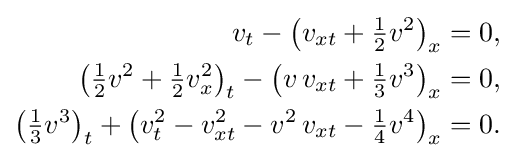
{\begin{aligned}v_{t}-\left(v_{xt}+{\tfrac {1}{2}}v^{2}\right)_{x}&=0,\\\left({\tfrac {1}{2}}v^{2}+{\tfrac {1}{2}}v_{x}^{2}\right)_{t}-\left(v\,v_{xt}+{\tfrac {1}{3}}v^{3}\right)_{x}&=0,\\\left({\tfrac {1}{3}}v^{3}\right)_{t}+\left(v_{t}^{2}-v_{xt}^{2}-v^{2}\,v_{xt}-{\tfrac {1}{4}}v^{4}\right)_{x}&=0.\end{aligned}}